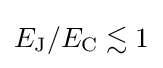
E_{\mathrm {J} }/E_{\mathrm {C} }\lesssim 1